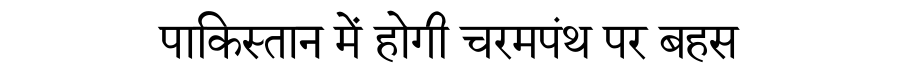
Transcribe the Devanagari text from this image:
पाकिस्तान में होगी चरमपंथ पर बहस